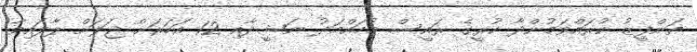
ތަންފީޒު ކުރައްވަމުންދާ ކުރީގެ ރައީސް މުހައްމަދު ނަޝީދާއި 12 އަހަރަށް ޖަލަށް ލާފައިވާ